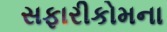
સફારીકોમના